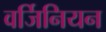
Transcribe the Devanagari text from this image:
वर्जिनियन